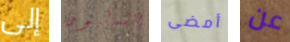
إلى الشماليون أمضى عن